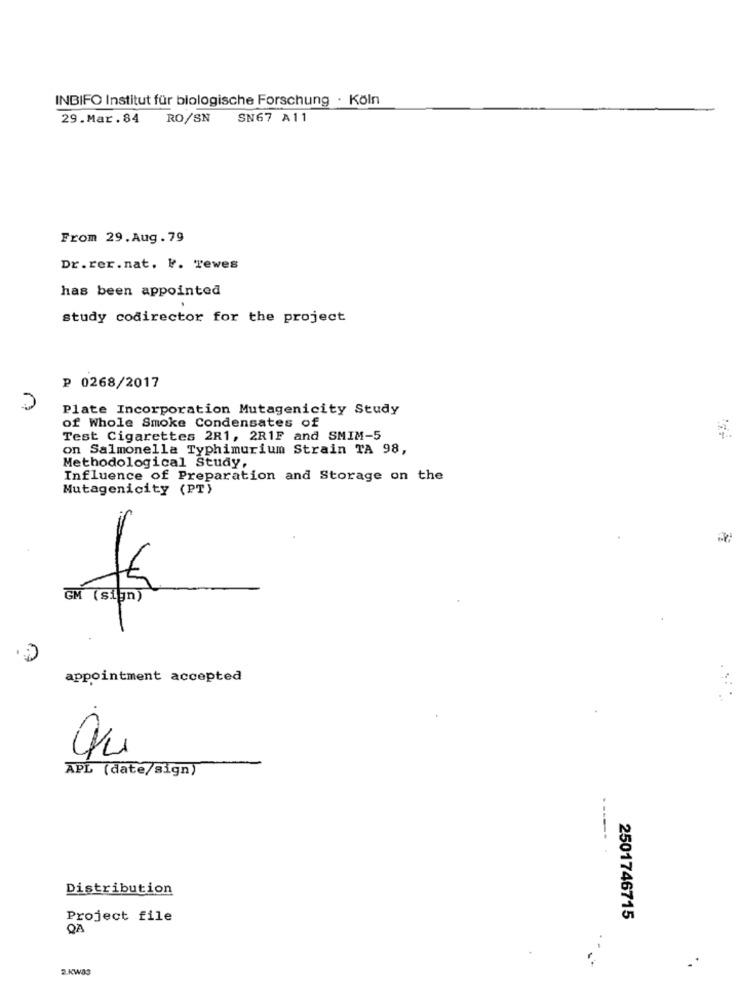
INBIFO Institut für biologische Forschung · Köln
29.Mar.84 RO/SN SN67 A11
From 29.Aug.79
Dr.rer.nat. V. Tewes
has been appointed
study codirector for the project
₽ 0268/2017
Plate Incorporation Mutagenicity Study
of Whole Smoke Condensates of
Test Cigarettes 2R1, 2R1F and SMIM-5
on Salmonella Typhimurium Strain TA 98,
Methodological Study,
Influence of Preparation and Storage on the
Mutagenicity (PT)
GM (sign)
appointment accepted
APL (date/sign)
Distribution
Project file
2501746715
QA
2.KWAS